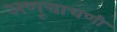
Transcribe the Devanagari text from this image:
अणूचाचणी